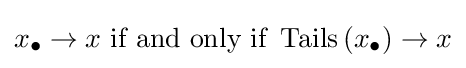
x_{\bullet }\to x{\text{ if and only if }}\operatorname {Tails} \left(x_{\bullet }\right)\to x